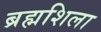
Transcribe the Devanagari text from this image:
ब्रह्मशिला